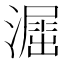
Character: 𣿲